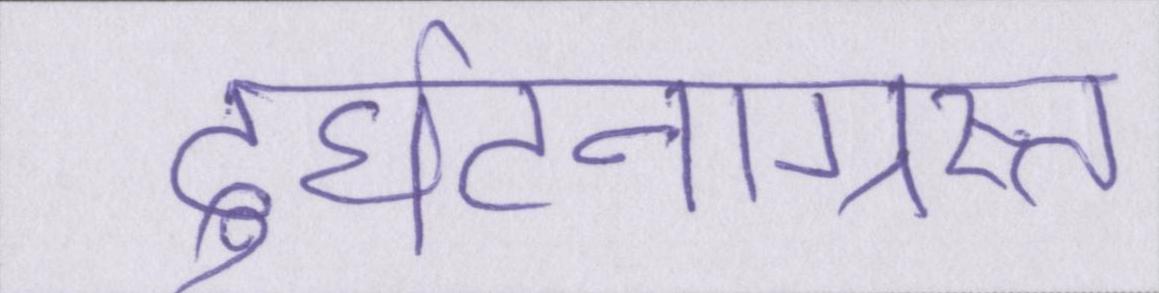
दुर्घटनाग्रस्त